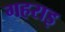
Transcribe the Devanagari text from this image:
गहराइ